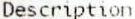
DESCRIPTION